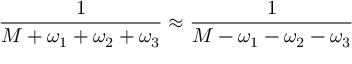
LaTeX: \frac { 1 } { M + \omega _ { 1 } + \omega _ { 2 } + \omega _ { 3 } } \approx \frac { 1 } { M - \omega _ { 1 } - \omega _ { 2 } - \omega _ { 3 } }